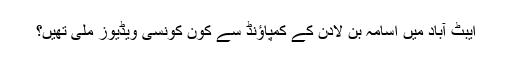
ایبٹ آباد میں اسامہ بن لادن کے کمپاﺅنڈ سے کون کونسی ویڈیوز ملی تھیں؟